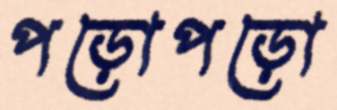
পড়োপড়ো